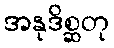
အနုဒိစ္ဆတု